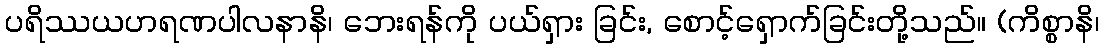
ပရိဿယဟရဏပါလနာနိ၊ ဘေးရန်ကို ပယ်ရှား ခြင်း, စောင့်ရှောက်ခြင်းတို့သည်။ (ကိစ္စာနိ၊